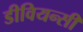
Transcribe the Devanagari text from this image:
डीवियन्सी